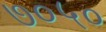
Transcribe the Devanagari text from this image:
७०५०